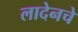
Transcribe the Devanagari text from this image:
लादेनचे